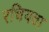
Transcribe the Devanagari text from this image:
रचियता